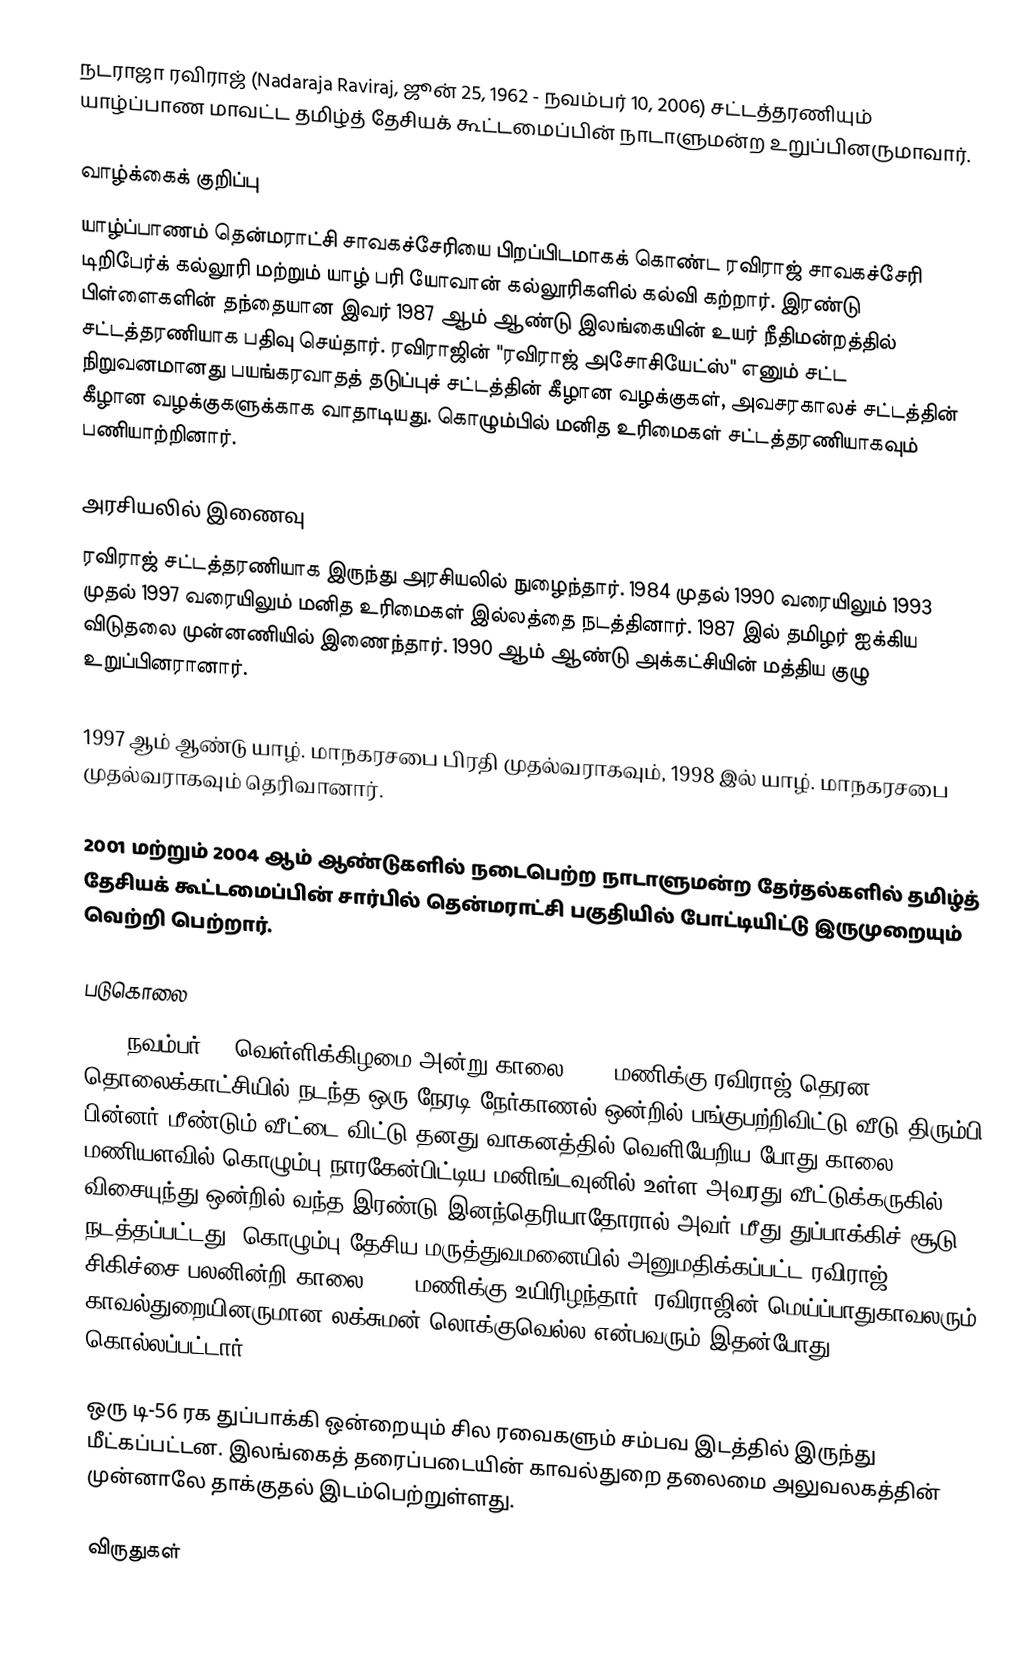
நடராஜா ரவிராஜ் (Nadaraja Raviraj, ஜூன் 25, 1962 - நவம்பர் 10, 2006) சட்டத்தரணியும் யாழ்ப்பாண மாவட்ட தமிழ்த் தேசியக் கூட்டமைப்பின் நாடாளுமன்ற உறுப்பினருமாவார்.

வாழ்க்கைக் குறிப்பு
யாழ்ப்பாணம் தென்மராட்சி சாவகச்சேரியை பிறப்பிடமாகக் கொண்ட ரவிராஜ் சாவகச்சேரி டிறிபேர்க் கல்லூரி மற்றும் யாழ் பரி யோவான் கல்லூரிகளில் கல்வி கற்றார். இரண்டு பிள்ளைகளின் தந்தையான இவர் 1987 ஆம் ஆண்டு இலங்கையின் உயர் நீதிமன்றத்தில் சட்டத்தரணியாக பதிவு செய்தார். ரவிராஜின் "ரவிராஜ் அசோசியேட்ஸ்" எனும் சட்ட நிறுவனமானது பயங்கரவாதத் தடுப்புச் சட்டத்தின் கீழான வழக்குகள், அவசரகாலச் சட்டத்தின் கீழான வழக்குகளுக்காக வாதாடியது. கொழும்பில் மனித உரிமைகள் சட்டத்தரணியாகவும் பணியாற்றினார்.

அரசியலில் இணைவு
ரவிராஜ் சட்டத்தரணியாக இருந்து அரசியலில் நுழைந்தார். 1984 முதல் 1990 வரையிலும் 1993 முதல் 1997 வரையிலும் மனித உரிமைகள் இல்லத்தை நடத்தினார். 1987 இல் தமிழர் ஐக்கிய விடுதலை முன்னணியில் இணைந்தார். 1990 ஆம் ஆண்டு அக்கட்சியின் மத்திய குழு உறுப்பினரானார்.

1997 ஆம் ஆண்டு யாழ். மாநகரசபை பிரதி முதல்வராகவும், 1998 இல் யாழ். மாநகரசபை முதல்வராகவும் தெரிவானார்.

2001 மற்றும் 2004 ஆம் ஆண்டுகளில் நடைபெற்ற நாடாளுமன்ற தேர்தல்களில் தமிழ்த் தேசியக் கூட்டமைப்பின் சார்பில் தென்மராட்சி பகுதியில் போட்டியிட்டு இருமுறையும் வெற்றி பெற்றார்.

படுகொலை
2006 நவம்பர் 10 வெள்ளிக்கிழமை அன்று காலை 7:00 மணிக்கு ரவிராஜ் தெரன தொலைக்காட்சியில் நடந்த ஒரு நேரடி நேர்காணல் ஒன்றில் பங்குபற்றிவிட்டு வீடு திரும்பி பின்னர் மீண்டும் வீட்டை விட்டு தனது வாகனத்தில் வெளியேறிய போது காலை 8:45 மணியளவில் கொழும்பு நாரகேன்பிட்டிய மனிங்டவுனில் உள்ள அவரது வீட்டுக்கருகில் விசையுந்து ஒன்றில் வந்த இரண்டு இனந்தெரியாதோரால் அவர் மீது துப்பாக்கிச் சூடு நடத்தப்பட்டது. கொழும்பு தேசிய மருத்துவமனையில் அனுமதிக்கப்பட்ட ரவிராஜ் சிகிச்சை பலனின்றி காலை 9.20 மணிக்கு உயிரிழந்தார். ரவிராஜின் மெய்ப்பாதுகாவலரும் காவல்துறையினருமான லக்சுமன் லொக்குவெல்ல என்பவரும் இதன்போது கொல்லப்பட்டார்.

ஒரு டி-56 ரக துப்பாக்கி ஒன்றையும் சில ரவைகளும் சம்பவ இடத்தில் இருந்து மீட்கப்பட்டன. இலங்கைத் தரைப்படையின் காவல்துறை தலைமை அலுவலகத்தின் முன்னாலே தாக்குதல் இடம்பெற்றுள்ளது.

விருதுகள்